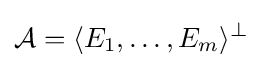
{\mathcal {A}}=\langle E_{1},\ldots ,E_{m}\rangle ^{\perp }